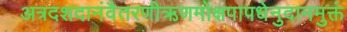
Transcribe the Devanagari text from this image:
अत्रदशदानंवैतरणीऋणमोक्षपापधेनुदानमुक्तं